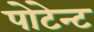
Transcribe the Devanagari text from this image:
पोटेन्ट